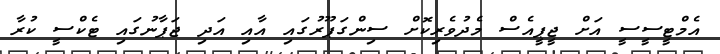
އެމްޓީސީސީ އަށް ޖީޕީއެސް މެދުވެރިކޮށް ސިންގަޕޫރުގައި އާއި އަދި ޖަޕާނުގައި ޓެކްސީ ކުރާ